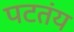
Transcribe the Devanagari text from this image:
पटतंय